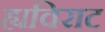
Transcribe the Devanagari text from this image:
ह्यविराट